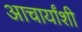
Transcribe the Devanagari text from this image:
आचार्यांशी